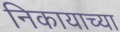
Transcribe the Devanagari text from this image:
निकायाच्या